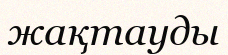
жақтауды